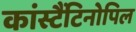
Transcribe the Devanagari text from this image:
कांस्टैंटिनोपिल